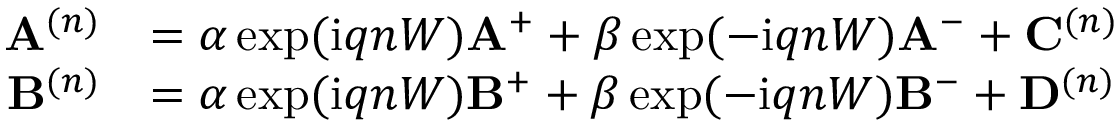
\begin{array} { r l } { \mathbf { A } ^ { ( n ) } } & { = \alpha \exp ( \mathrm { i } q n W ) \mathbf { A } ^ { + } + \beta \exp ( - \mathrm { i } q n W ) \mathbf { A } ^ { - } + \mathbf { C } ^ { ( n ) } } \\ { \mathbf { B } ^ { ( n ) } } & { = \alpha \exp ( \mathrm { i } q n W ) \mathbf { B } ^ { + } + \beta \exp ( - \mathrm { i } q n W ) \mathbf { B } ^ { - } + \mathbf { D } ^ { ( n ) } } \end{array}